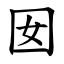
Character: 囡